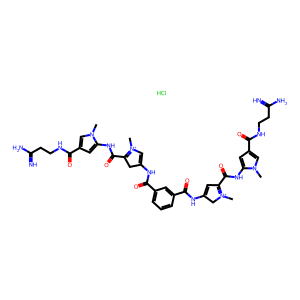
SMILES: Cl.Cn1cc(C(=O)NCCC(=N)N)cc1NC(=O)C1=[N+](C)C=C(NC(=O)c2cccc(C(=O)NC3=CC(C(=O)Nc4cc(C(=O)NCCC(=N)N)cn4C)=[N+](C)C3)c2)C1
Inhibits HIV replication: Yes